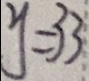
y = 3 3